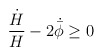
\begin{align*}\frac{\dot{H}}{H}- 2\dot{\bar{\phi}}\geq 0 \end{align*}